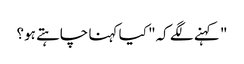
" کہنے لگے کہ" کیا کہنا چاہتے ہو؟